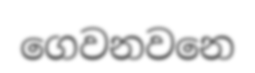
ගෙවනවනෙ